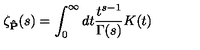
\zeta _ { \bf { \hat { P } } } ( s ) = \int _ { 0 } ^ { \infty } d t \frac { t ^ { s - 1 } } { \Gamma ( s ) } K ( t )